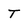
Character: T